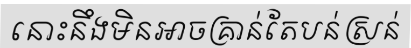
នោះនឹងមិនអាចគ្រាន់តែបន់ស្រន់